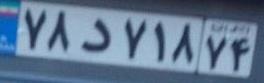
۷۸د۷۱۸۷۴